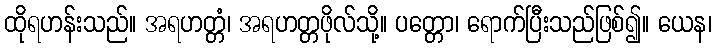
ထိုရဟန်းသည်။ အရဟတ္တံ၊ အရဟတ္တဖိုလ်သို့။ ပတ္တော၊ ရောက်ပြီးသည်ဖြစ်၍။ ယေန၊